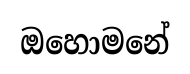
ඔහොමනේ